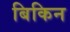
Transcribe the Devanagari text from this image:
बिकिन